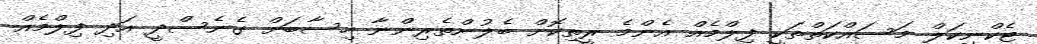
ޓެކްނިކަލް މަސައްކަތްތަކީ ފިލްމެއް އެންމެ ރީތިކޮށް ބެލުންތެރިންނާ ހިސާބަށް ގެނެސްދީ އަދި ފިލްމެއް